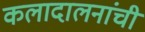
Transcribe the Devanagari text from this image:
कलादालनांची